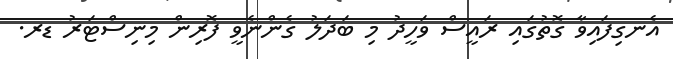
އެނގިފައިވާ ގޮތުގައި ރައީސް ވަހީދު މި ބަދަލު ގެންނެވީ ފޮރިން މިނިސްޓަރު ޑރ.